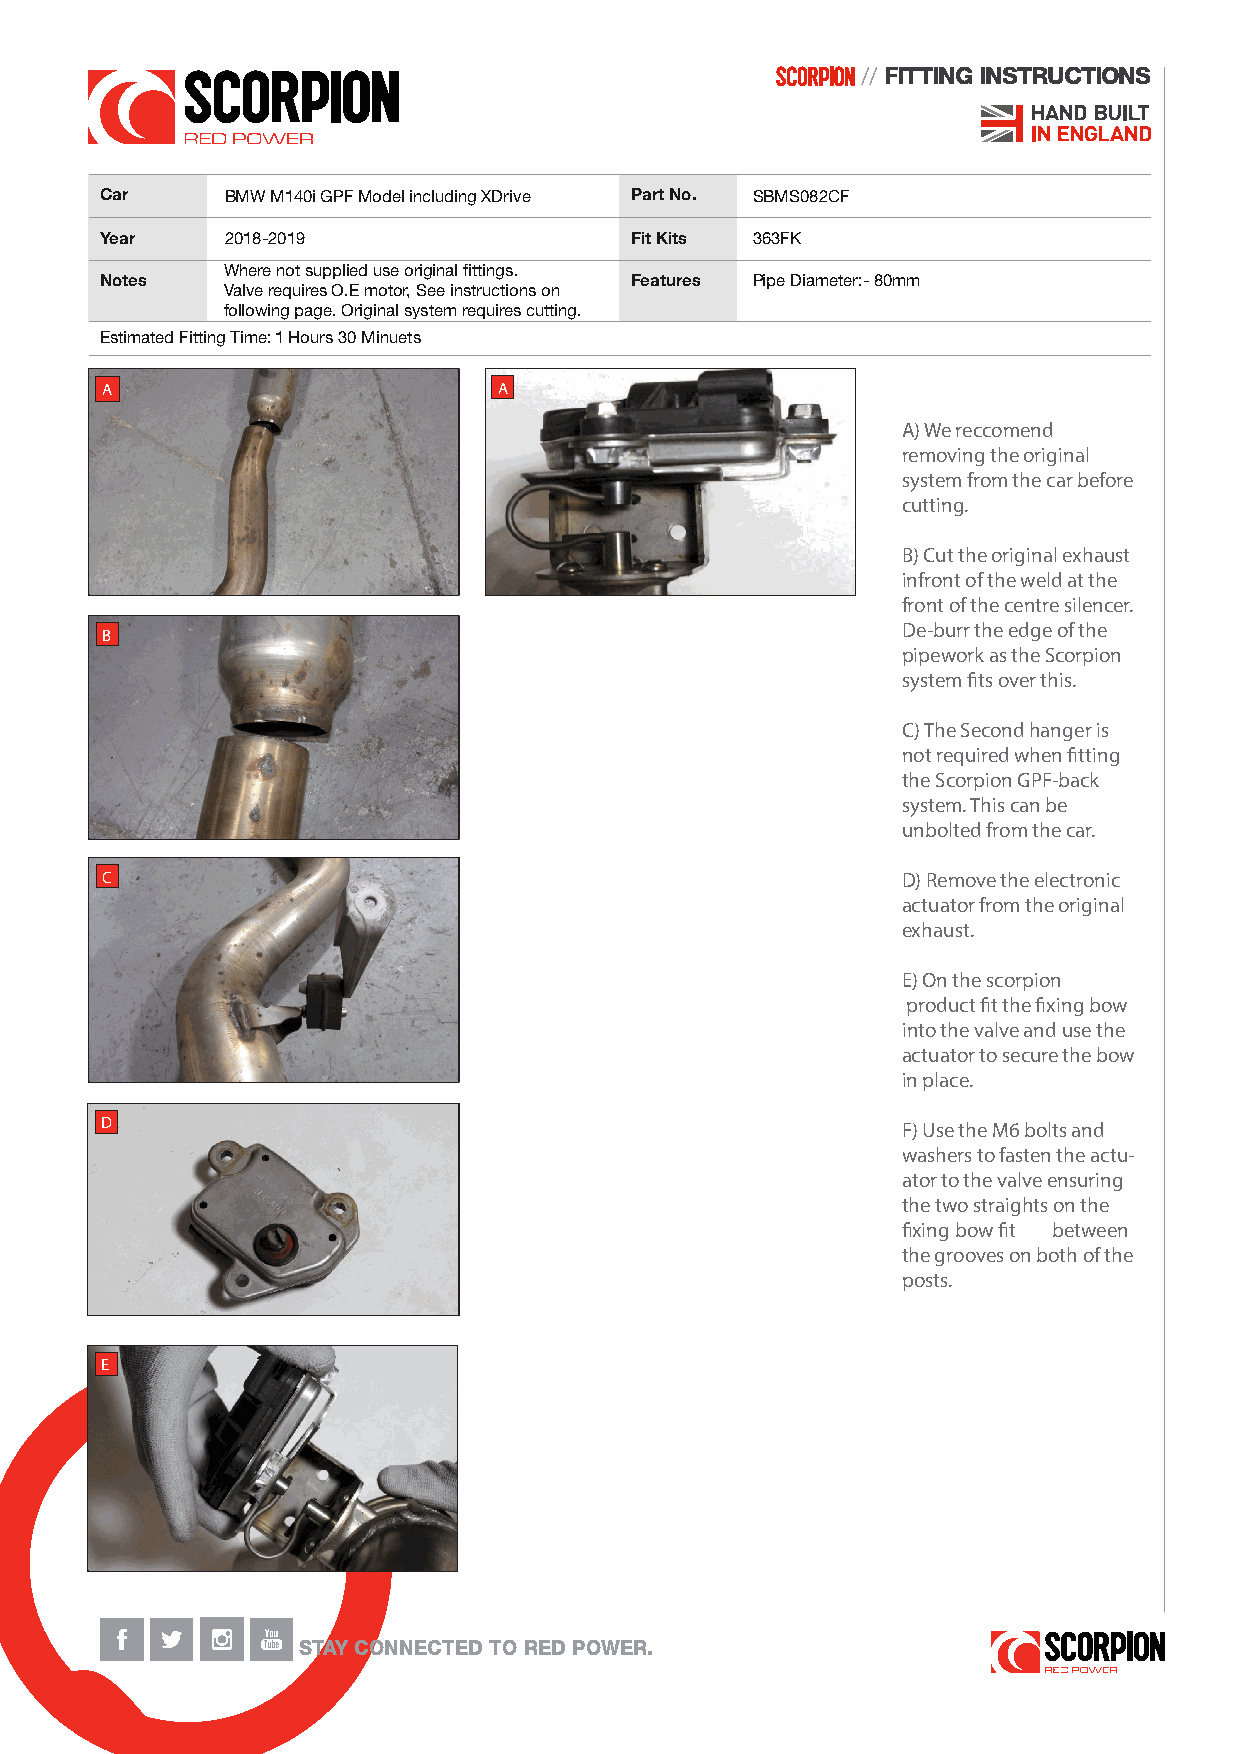
//FITTING INSTRUCTIONS
 Car     BMW M140i GPF Model including XDrive Part No. SBMS082CF
 Year    2018-2019                  Fit Kits 363FK
 Where not supplied use original fittings.
 Notes                              Features Pipe Diameter:- 80mm
 Valve requires O.E motor, See instructions on
 following page. Original system requires cutting.
 Estimated Fitting Time:1 Hours 30 Minuets
 A                         A
 A) We reccomend
 removing the original
 system from the car before
 cutting.
 B) Cut the original exhaust
 infront of the weld at the
 front of the centre silencer.
 De-burr the edge of the
 B
 pipework as the Scorpion
 system fits over this.
 C) The Second hanger is
 not required when fitting
 the Scorpion GPF-back
 system. This can be
 unbolted from the car.
 C                                                    D) Remove the electronic
 actuator from the original
 exhaust.
 E) On the scorpion
 product fit the fixing bow
 into the valve and use the
 actuator to secure the bow
 in place.
 D                                                    F) Use the M6 bolts and
 washers to fasten the actu-
 ator to the valve ensuring
 the two straights on the
 fixing bow fit between
 the grooves on both of the
 posts.
 E
 STssA‘Y CONNECTED TO RED POWER.